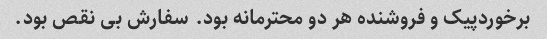
برخوردپیک و فروشنده هر دو محترمانه بود. سفارش بی نقص بود.